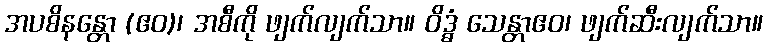
အပစိနန္တော (ဧဝ)၊ အစီကို ဖျက်လျက်သာ။ ဝိဒ္ဓံ သေန္တာဧဝ၊ ဖျက်ဆီးလျက်သာ။